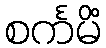
စင်္ကမိံ